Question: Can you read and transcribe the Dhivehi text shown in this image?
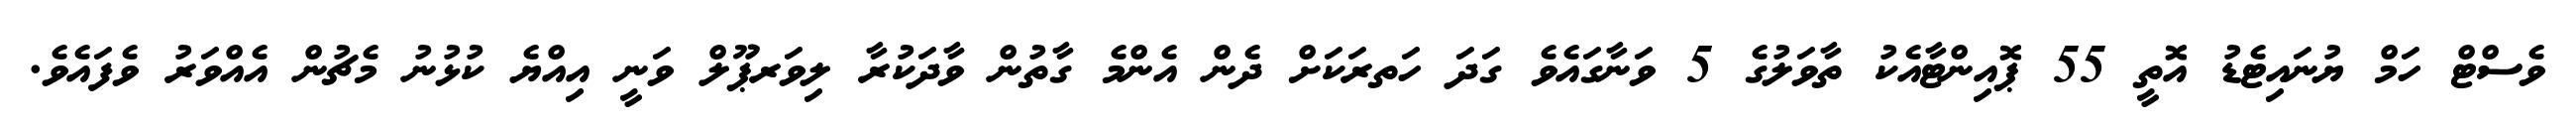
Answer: ވެސްޓް ހަމް ޔުނައިޓެޑު އޮތީ 55 ޕޮއިންޓާއެކު ތާވަލުގެ 5 ވަނާގައެވެ ގަދަ ހަތރަކަށް ދެން އެންމެ ގާތުން ވާދަކުރާ ލިވަރޕޫލް ވަނީ އިއްޔެ ކުޅުނު މެޗުން އެއްވަރު ވެފައެވެ.